Report of the Bombay Plague Committee
Disease focus: Plague
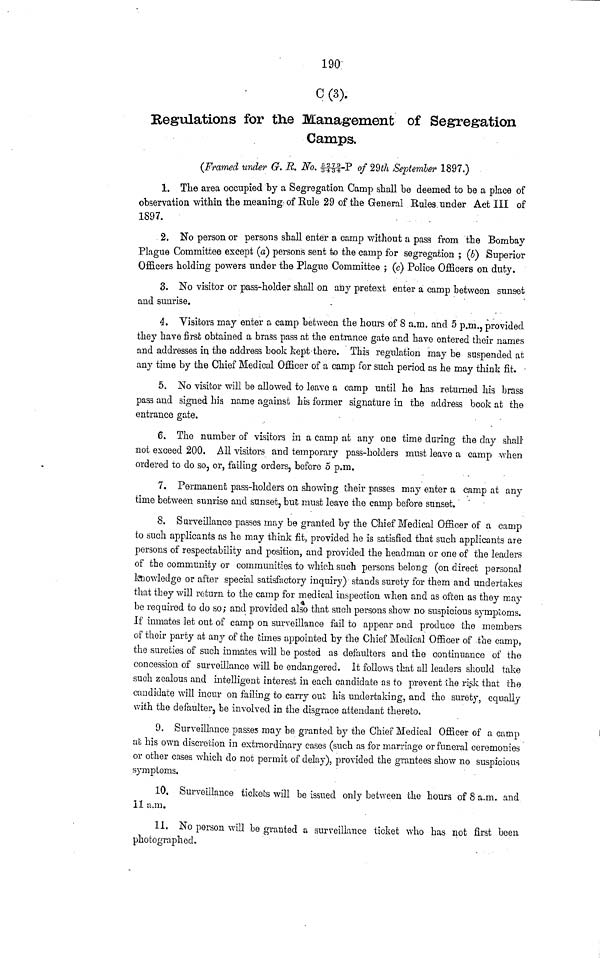
190
C (3).
Regulations for the Management of Segregation
Camps.
(Framed under G. R. No. 5 2 7 9/3 4 3 4 -P of 29th Septemler 1897.)
1. The area occupied by a Segregation Camp shall be deemed to be a place of
observation within the meaning of Rule 29 of the General Rules under Act III of
1897.
2. No person or persons shall enter a camp without a pass from the Bombay
Plague Committee except (a) persons sent to the camp for segregation ; (6) Superior
Officers holding powers under the Plague Committee ; (c) Police Officers on duty.
3. No visitor or pass-holder shall on any pretext enter a camp between sunset
and sunrise,
4. Yisitors may enter a camp between the hours of 8 a.m. and 5 p.m., provided
they have first obtained a brass pass at the entrance gate and have entered their names
and addresses in the address book kept-there. This regulation may be suspended at
any time by the Chief Medical Officer of a camp for such period as he may think fit.
5. No visitor will be allowed to leave a camp until he has returned his brass
pass and signed his name against his former signature in the address book at the
entrance gate.
6. The number of visitors in a camp at any one time during the day shall·
not exceed 200. All visitors and temporary pass-holders must leave a camp when
ordered to do so, or, failing orders, before 5 p.m.
7. Permanent pass-holders on showing their passes may enter a camp at any
time between sunrise and sunset, but must leave the camp before sunset.
8. Surveillance passes may be granted by the Chief Medical Officer of a camp
to such applicants as he may think fit, provided he is satisfied that such applicants are
persons of respectability and position, and provided the headman or one of the leaders
of the community or communities to which such persons belong (on direct personal
knowledge or after special satisfactory inquiry) stands surety for them and undertakes
that they will return to the camp for medical inspection when and as often as they may
be required to do so; and provided also that such persons show no suspicious symptoms.
If inmates let out of camp on surveillance fail to appear and produce the members
of their party at any of the times appointed by the Chief Medical Officer of the camp,
the sureties of such inmates will be posted as defaulters and the continuance of the
concession of surveillance will be endangered. It follows that all leaders should take
such zealous and intelligent interest in each candidate as to prevent the risk that the
candidate will incur on failing to carry out his undertaking, and tho surety, equally
with the defaulter, be involved in the disgrace attendant thereto.
9. Surveillance passes may be granted by the Chief Medical Officer of a camp
at his own discreción in extraordinary cases (such as for marriage or funeral ceremonies
or other cases which do not permit of delay), provided the grantees show no suspicious
symptoms.
10. Surveillance tickets will be issued only between the hours of 8 a.m. and
11 a.m.
11. No person will be granted a surveillance ticket who has not first been
photographed.